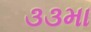
૩૩મા